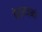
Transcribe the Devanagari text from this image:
वेर्राज़नो